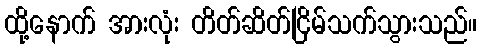
ထို့နောက် အားလုံး တိတ်ဆိတ်ငြိမ်သက်သွားသည်။